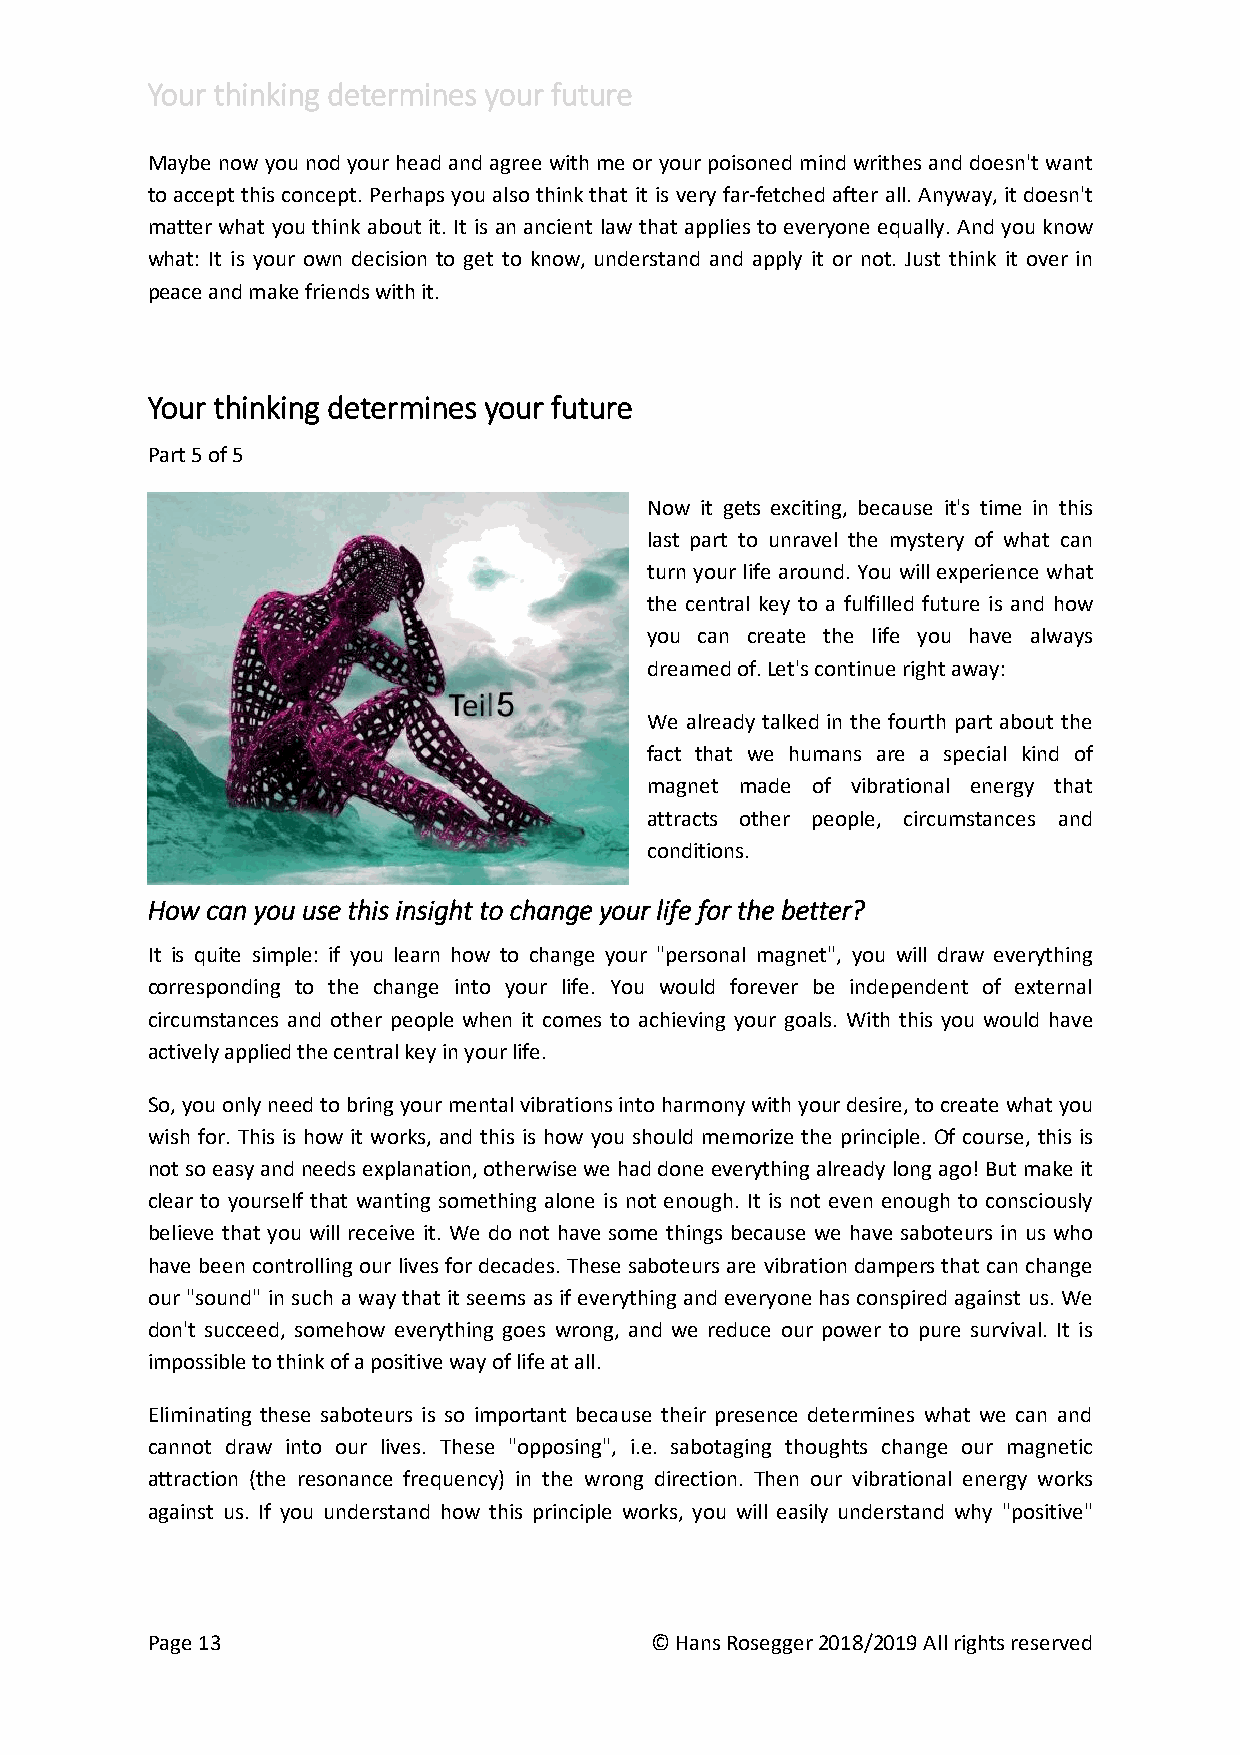
Your thinking determines your future
 Maybe now you nod your head and agree with me or your poisoned mind writhes and doesn't want
 to accept this concept. Perhaps you also think that it is very far-fetched after all. Anyway, it doesn't
 matter what you think about it. It is an ancient law that applies to everyone equally. And you know
 what: It is your own decision to get to know, understand and apply it or not. Just think it over in
 peace and make friends with it.
 Your thinking determines your future
 Part 5 of 5
 Now it gets exciting, because it's time in this
 last part to unravel the mystery of what can
 turn your life around. You will experience what
 the central key to a fulfilled future is and how
 you can create the life you have always
 dreamed of. Let's continue right away:
 We already talked in the fourth part about the
 fact that we humans are a special kind of
 magnet made of vibrational energy that
 attracts other people, circumstances and
 conditions.
 How can you use this insight to change your life for the better?
 It is quite simple: if you learn how to change your "personal magnet", you will draw everything
 corresponding to the change into your life. You would forever be independent of external
 circumstances and other people when it comes to achieving your goals. With this you would have
 actively applied the central key in your life.
 So, you only need to bring your mental vibrations into harmony with your desire, to create what you
 wish for. This is how it works, and this is how you should memorize the principle. Of course, this is
 not so easy and needs explanation, otherwise we had done everything already long ago! But make it
 clear to yourself that wanting something alone is not enough. It is not even enough to consciously
 believe that you will receive it. We do not have some things because we have saboteurs in us who
 have been controlling our lives for decades. These saboteurs are vibration dampers that can change
 our "sound" in such a way that it seems as if everything and everyone has conspired against us. We
 don't succeed, somehow everything goes wrong, and we reduce our power to pure survival. It is
 impossible to think of a positive way of life at all.
 Eliminating these saboteurs is so important because their presence determines what we can and
 cannot draw into our lives. These "opposing", i.e. sabotaging thoughts change our magnetic
 attraction (the resonance frequency) in the wrong direction. Then our vibrational energy works
 against us. If you understand how this principle works, you will easily understand why "positive"
 Page 13                          © Hans Rosegger 2018/2019 All rights reserved